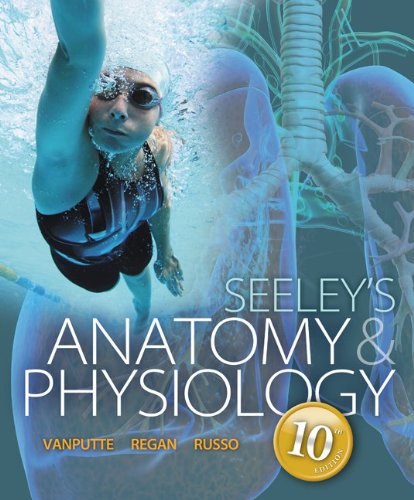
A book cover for Seeley's Anatomy & Physiology; Cinnamon VanPutte; Medical Books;